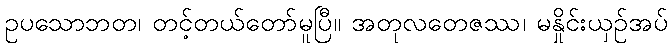
ဥပသောဘတ၊ တင့်တယ်တော်မူပြီ။ အတုလတေဇဿ၊ မနှိုင်းယှဉ်အပ်